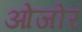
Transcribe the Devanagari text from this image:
ओजोर